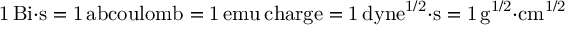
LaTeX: \mathrm { 1 \, B i { \cdot } s = 1 \, a b c o u l o m b = 1 \, e m u \, c h a r g e = 1 \, d y n e ^ { 1 / 2 } { \cdot } s = 1 \, g ^ { 1 / 2 } { \cdot } c m ^ { 1 / 2 } }